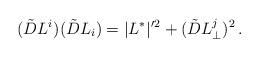
LaTeX: \begin{align*}(\tilde D L^i)(\tilde D L_i)= |L^*|' {}^2 + (\tilde D L^j_\perp)^2\,.\end{align*}